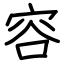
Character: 容